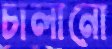
চালানো